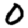
Digit: 0